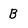
Character: B